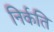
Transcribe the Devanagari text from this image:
निर्कति